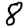
Digit: 8